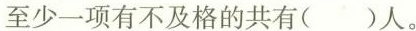
至少一项有不及格的共有( )人。